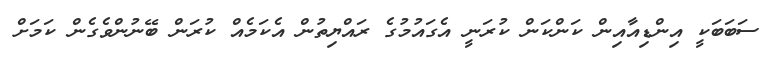
ސަބަބަކީ އިންޑިއާއިން ކަންކަން ކުރަނީ އެގައުމުގެ ރައްޔިތުން އެކަމެއް ކުރަން ބޭނުންވެގެން ކަމަށް